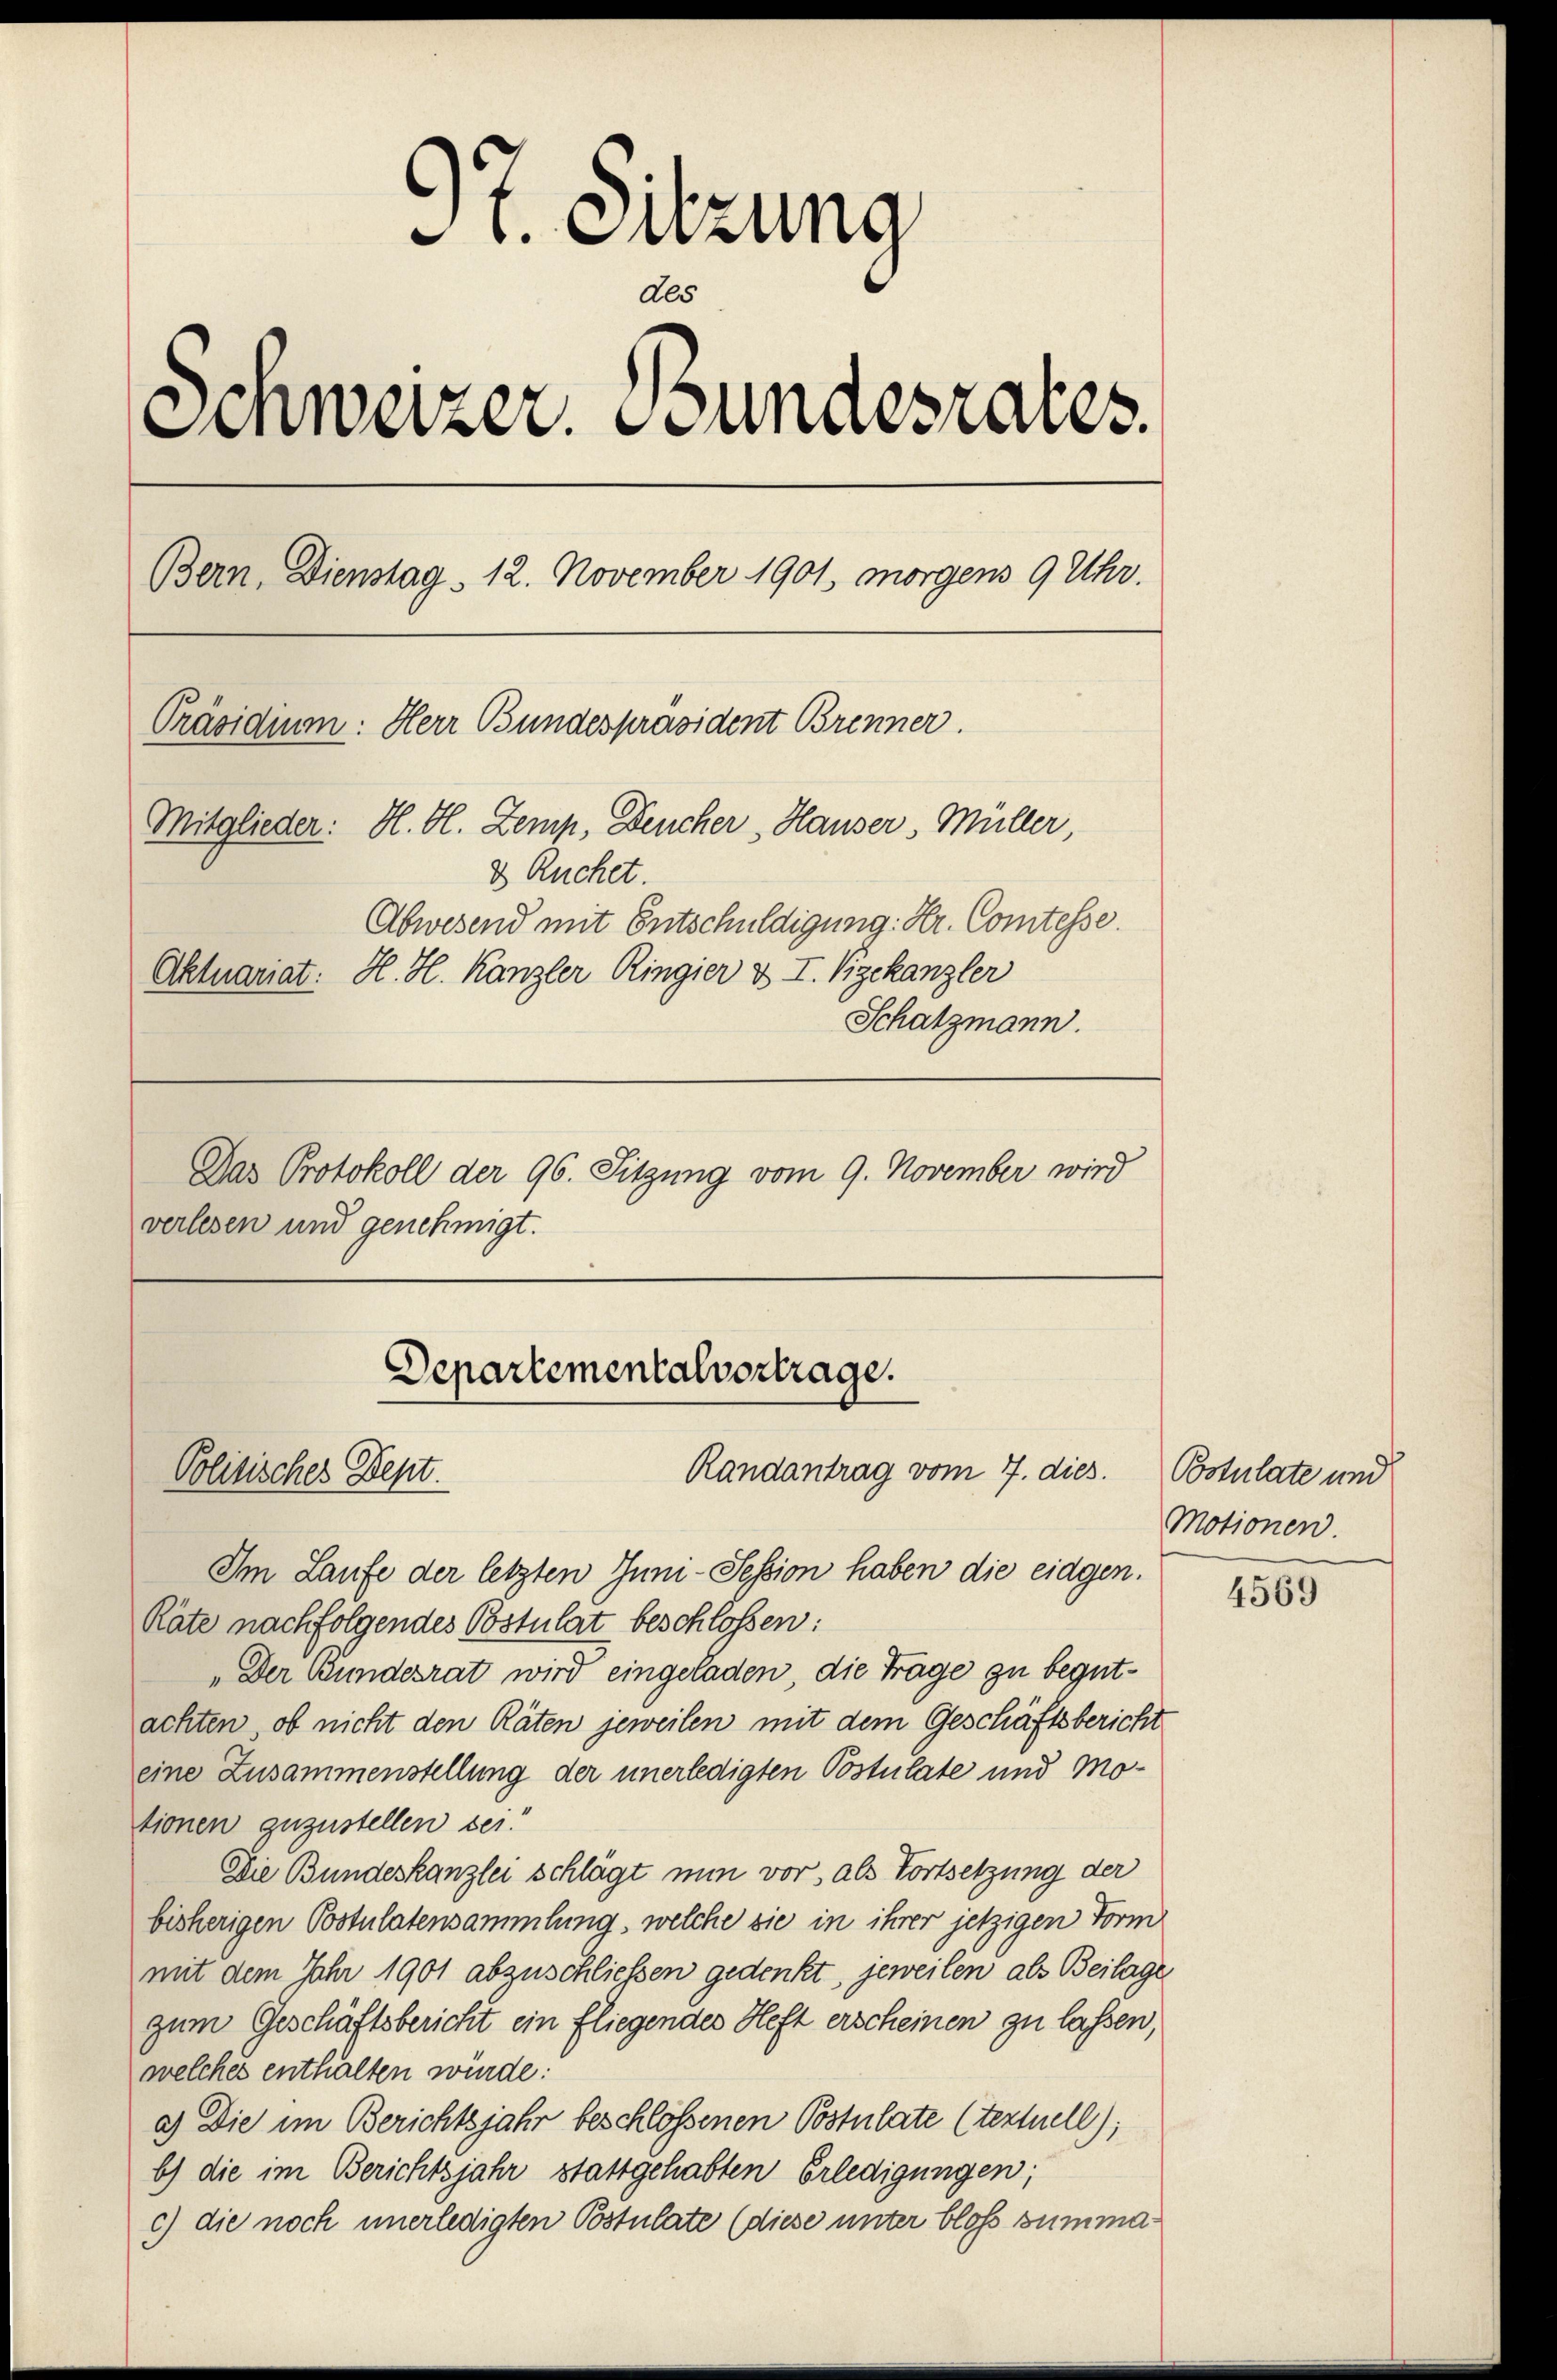
t. Suzung
des
Einweizer. Bundesrates.
Bern, Dienstag. 12. November 1901, morgens 9 Uhr.
Präsidiu: Herr Bundespräsident Brenner.
Mitglieder: H. H. Zemp, Deucher Hauser, Müller
d Ruchet.
Abwesend mit Entschuldigung. Kr. Comtesse.
Aktuariat: H. H. Kanzler Ringier & I. Vizekanzler
Schatzmann.
Das Protokoll der 96. Sitzung vom 9. November wird

verlesen und genehmigt.

Departementalvortrage.
Randantrag vom 7. dies
Politisches Sept.

Im Laufe der letzten Juni-Session haben die eidgen.
Räte nachfolgendes Postulat beschlossen:
„Der Bundesrat wird eingeladen, die Träge zu begutachten, ob nicht den Räten jeweilen mit dem Geschäftsbericht
eine Zusammenstellung der unerledigten Postulate und Motionen zuzustellen sei!
Die Bundeskanzlei schlägt nun vor, als Fortsetzung der
bisherigen Postulatensammlung, welche sie in ihrer jetzigen Form
mit dem Jahr 1901 abzuschließen gedenkt, jeweilen als Beilage
zum Geschäftsbericht ein fliegendes Heft erscheinen zu lassen,
welches enthalten würde:
a.) Die im Berichtsjahr beschlossenen Postulate (tertuell);
b) die im Berichtsjahr stattgehabten Erledigungen;
c) die noch unerledigten Postulate (diese unter blos summa¬

Postulate und
Motionen.

4569